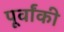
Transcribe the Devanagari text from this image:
पूर्वांकी